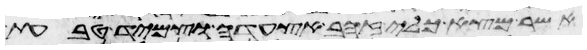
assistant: אשר מצא כלי זהב אצעדה וצמיד טבעת